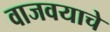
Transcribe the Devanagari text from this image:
वाजवयाचे